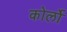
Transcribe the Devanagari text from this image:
कोर्लो